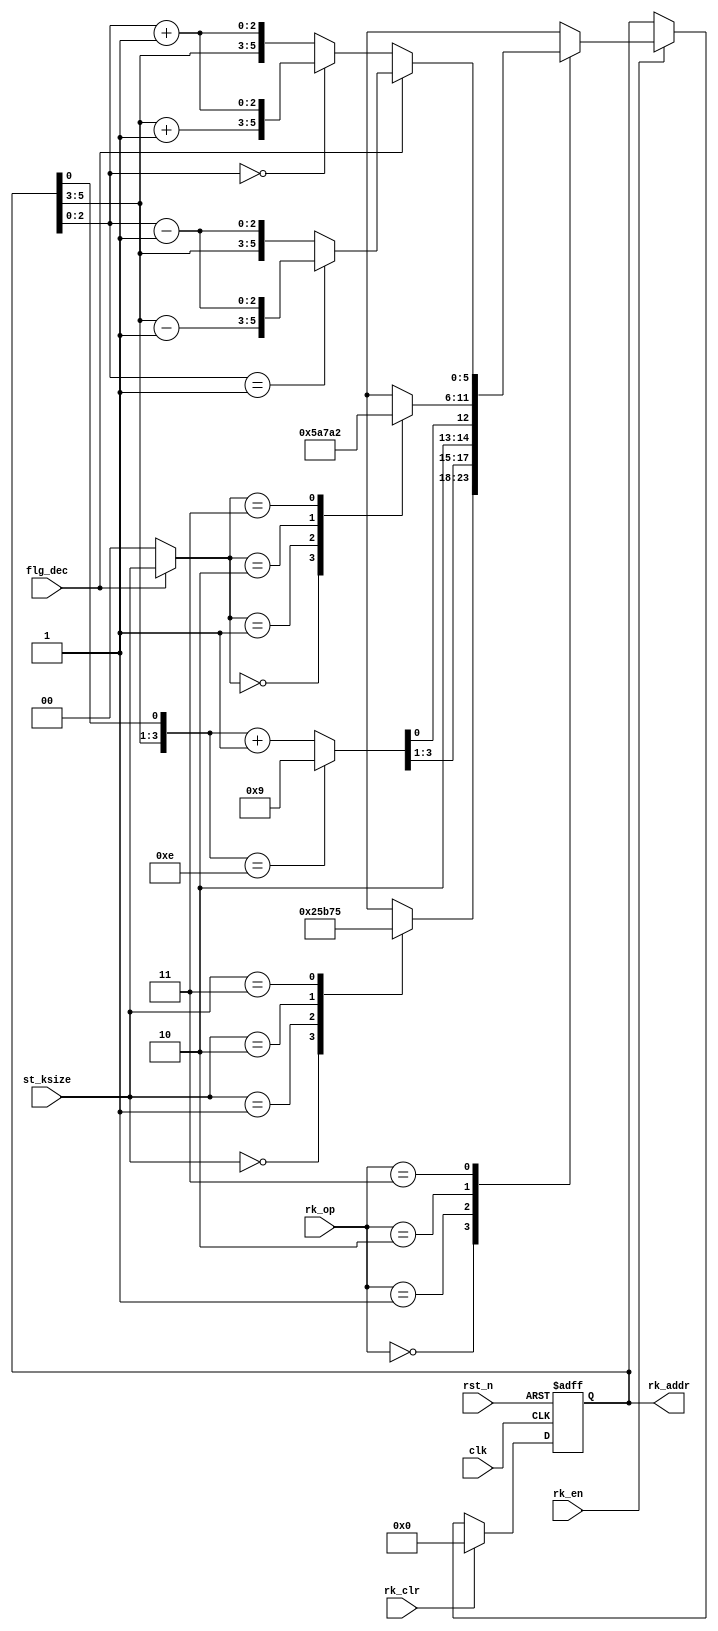
//-----------------------------------------------------------------------------
// Title         : ARIA Add Round Key Address
// Project       : ARIA 1.1
//-----------------------------------------------------------------------------
//-----------------------------------------------------------------------------
// Description :
// ARIA Round rk_address Module
//-----------------------------------------------------------------------------
// Copyright (c) 2018 by ISLAB This model is the confidential and
// proprietary property of ISLAB and the possession or use of this
// file requires a written license from ISLAB.
//------------------------------------------------------------------------------
// Modification history :
// 10.12.2018 : created by Haeyoung Kim
// 14.12.2018 : code refactoring by Haeyoung Kim
//-----------------------------------------------------------------------------
module aria_round_rk (/*AUTOARG*/
   // Outputs
   rk_addr,
   // Inputs
   clk, rst_n, rk_op, rk_en, rk_clr, st_ksize, flg_dec
   ) ;
   input        clk, rst_n;
   input  [1:0] rk_op;
   input        rk_en;
   input        rk_clr;

   output [5:0] rk_addr;

   input  [1:0] st_ksize;
   input        flg_dec;


   /* rk_addr Operation Code */
   localparam RK_K_INIT = 2'b00;
   localparam RK_K_NEXT = 2'b01;
   localparam RK_R_INIT = 2'b10;
   localparam RK_R_NEXT = 2'b11;

   /* Output Type */
   reg [5:0]    rk_addr;
   reg [5:0]    rk_addr_nxt;

   /* K INIT */
   reg  [5:0]   k_init;

   always @ (*) begin : MX_K_INIT
      case (st_ksize)
        2'b00 : k_init = 6'b000000;
        2'b01 : k_init = 6'b100101;
        2'b10 : k_init = 6'b101101;
        2'b11 : k_init = 6'b110101;
      endcase // case (sel_k)
   end

   /* K NEXT */
   wire [3:0]   k_t;
   wire [3:0]   k_add;
   wire [3:0]   k_sel;
   wire [5:0]   k_next;

   assign k_t     = {rk_addr[5:3], rk_addr[0]};
   assign k_add   = k_t + 4'd1;
   assign k_sel   = (k_t == 4'b1110) ? 4'b1001 : k_add;
   assign k_next  = {k_sel[3:1], 2'b10, k_sel[0]};

   /* R INIT */
   reg  [5:0]   r_init;
   wire [1:0]   r_sel;

   assign r_sel = flg_dec ? st_ksize : 2'b00;

   always @ (*) begin : MX_R_INIT
      case(r_sel)
        2'b00 : r_init = 6'b000001;
        2'b01 : r_init = 6'b011010;
        2'b10 : r_init = 6'b011110;
        2'b11 : r_init = 6'b100010;
      endcase // case (r_sel)
   end

   /* R NEXT */
   wire [2:0]   r_w_add, r_w_sub;

   assign r_w_add = rk_addr[2:0] + 3'd1;
   assign r_w_sub = rk_addr[2:0] - 3'd1;

   wire [2:0]   r_rol_add, r_rol_sub;
   assign r_rol_add = rk_addr[5:3] + 3'd1;
   assign r_rol_sub = rk_addr[5:3] - 3'd1;

   wire [5:0]   r_add;
   wire [5:0]   r_sub;
   wire [5:0]   r_next;

   assign r_add  = (rk_addr[2:0] == 3'b000) ? {r_rol_add, r_w_add} : {rk_addr[5:3], r_w_add};
   assign r_sub  = (rk_addr[2:0] == 3'b001) ? {r_rol_sub, r_w_sub} : {rk_addr[5:3], r_w_sub};
   assign r_next = flg_dec ? r_sub : r_add;

   /* rk_addr NEXT */

   always @ (*) begin : MX_CNT_NXT
      case (rk_op)
        RK_K_INIT : rk_addr_nxt = k_init;
        RK_K_NEXT : rk_addr_nxt = k_next;
        RK_R_INIT : rk_addr_nxt = r_init;
        RK_R_NEXT : rk_addr_nxt = r_next;
      endcase // case (cnt_op)
   end


   always @ (posedge clk or negedge rst_n) begin
      if(!rst_n) begin
         rk_addr <= 6'd0;
      end else begin
         if(rk_clr) begin
            rk_addr <= 6'd0;
         end else if(rk_en) begin
            rk_addr <= rk_addr_nxt;
         end
      end
   end

endmodule // aria_round_rk